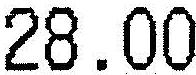
28.00